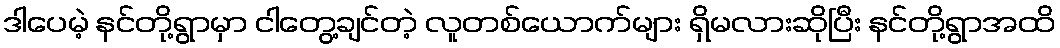
ဒါပေမဲ့ နင်တို့ရွာမှာ ငါတွေ့ချင်တဲ့ လူတစ်ယောက်များ ရှိမလားဆိုပြီး နင်တို့ရွာအထိ